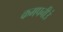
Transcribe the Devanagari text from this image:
कमपनीउं